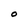
Character: O